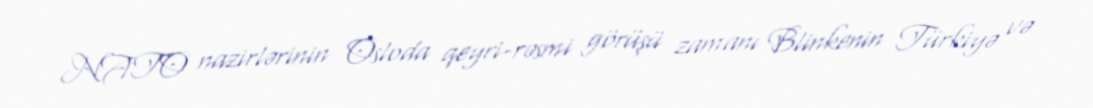
NATO nazirlərinin Osloda qeyri-rəsmi görüşü zamanı Blinkenin Türkiyə və